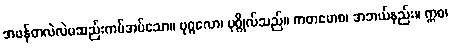
အဖန်တလဲလဲမဆည်းကပ်အပ်သော။ ပုဂ္ဂလော၊ ပုဂ္ဂိုလ်သည်။ ကတမောစ၊ အဘယ်နည်း။ ဣဓ၊